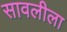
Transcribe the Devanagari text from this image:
सावलीला